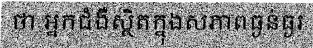
ថា អ្នកជំងឺស្ថិតក្នុងសភាពធ្ងន់ធ្ងរ